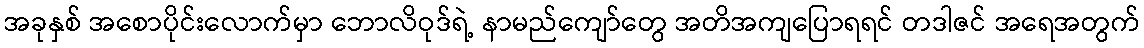
အခုနှစ် အစောပိုင်းလောက်မှာ ဘောလိဝုဒ်ရဲ့ နာမည်ကျော်တွေ အတိအကျပြောရရင် တဒါဇင် အရေအတွက်